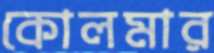
কোলমার